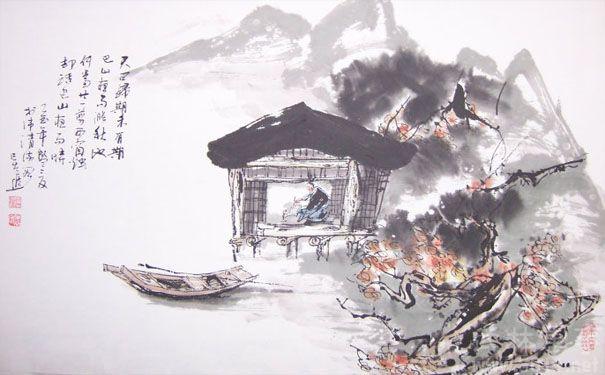
五更疏欲断，一树碧无情。